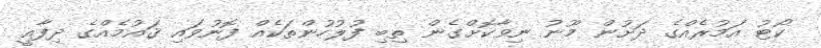
ކޯޓު އަމުރެއްގެ ދަށުން މޫނު ނިވާކޮށްގެން ތިބި ފުލުހުންތަކެއް ފޮނުވައި ޤައުމެއްގެ ދިފާއީ